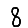
Digit: 8